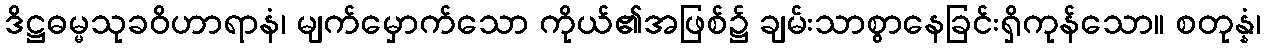
ဒိဋ္ဌဓမ္မသုခဝိဟာရာနံ၊ မျက်မှောက်သော ကိုယ်၏အဖြစ်၌ ချမ်းသာစွာနေခြင်းရှိကုန်သော။ စတုန္နံ၊